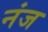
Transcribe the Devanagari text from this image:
नंज